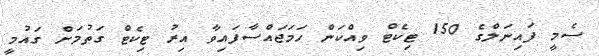
ސެމީ ފައިނަލްގެ 150 ޓިކެޓް ވިއްކަން ހަމަޖައްސާފައިވާ އިރު ޓިކެޓް ގަތުމަށް ގައުމީ